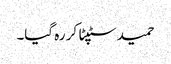
حمید سٹپٹا کر رہ گیا۔